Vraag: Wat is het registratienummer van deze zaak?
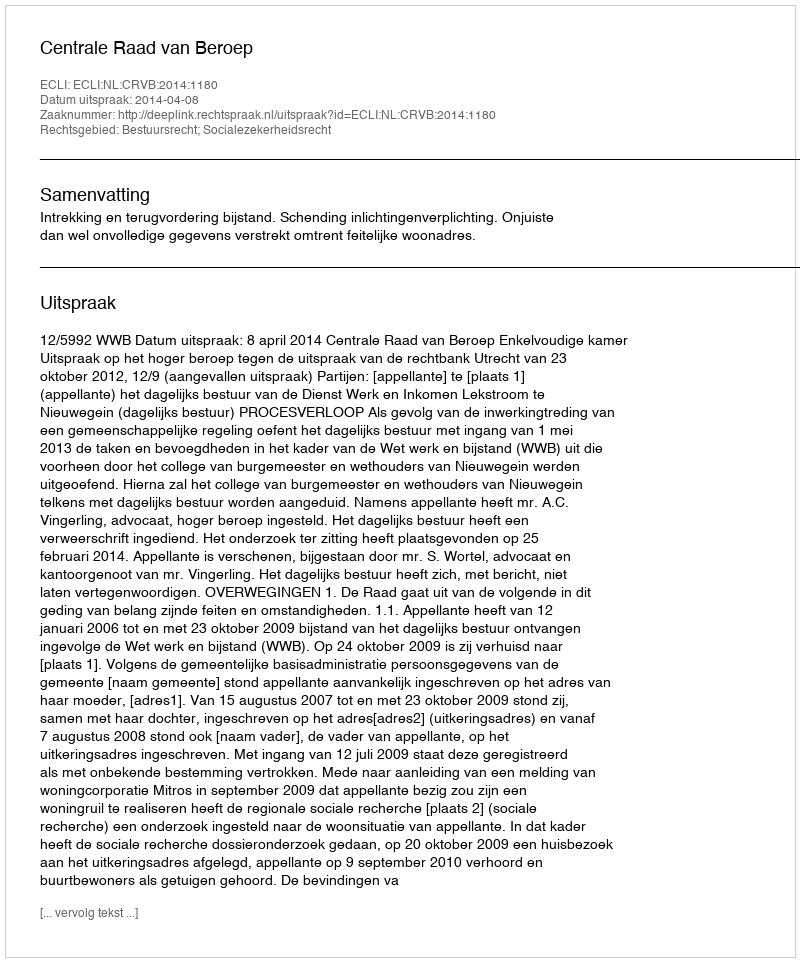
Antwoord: http://deeplink.rechtspraak.nl/uitspraak?id=ECLI:NL:CRVB:2014:1180